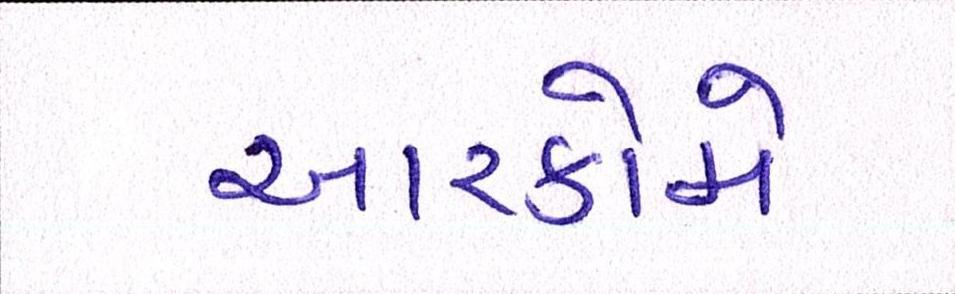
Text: આરકોમે